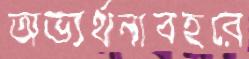
অভ্যর্থনাবহরে